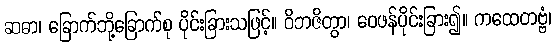
ဆဓာ၊ ခြောက်ဘို့ခြောက်စု ပိုင်းခြားသဖြင့်။ ဝိဘဇိတွာ၊ ဝေဖန်ပိုင်းခြား၍။ ကထေတဗ္ဗံ၊